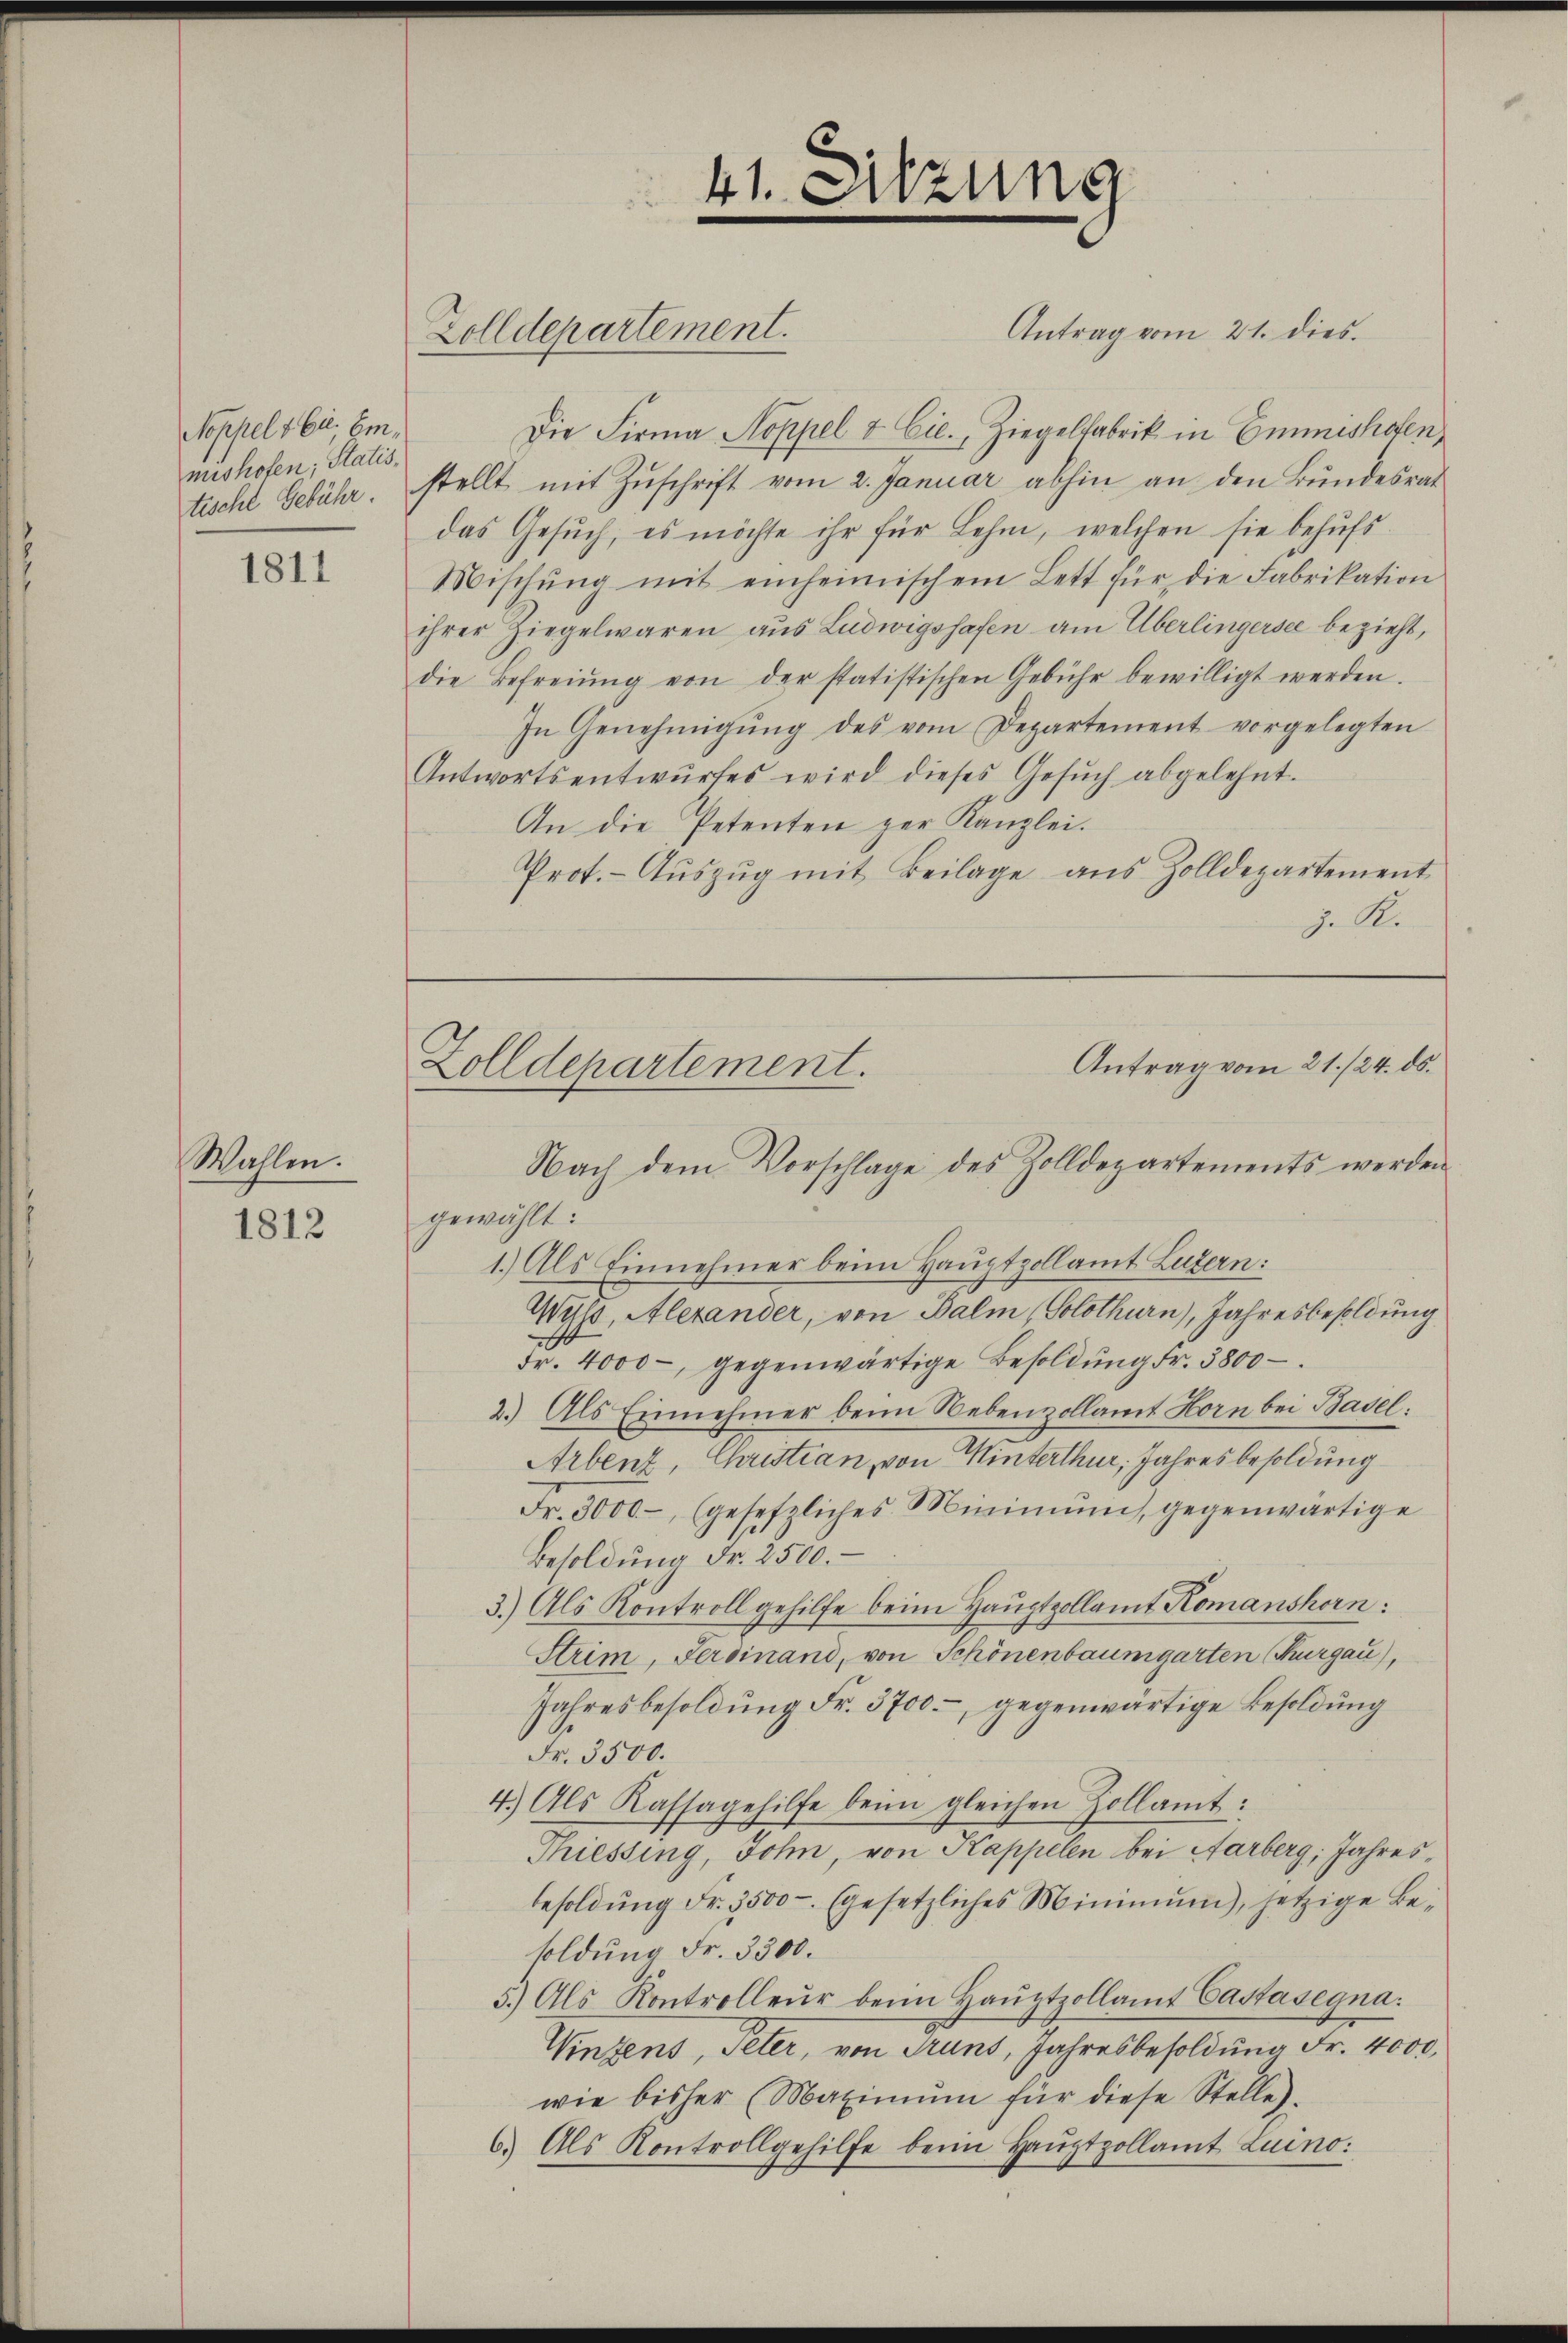
Noppel v. u. Emmishofen, Statis
tische Gebühr.

1811

Wahlen.

1812

Zolldepartement.

41. Sitzung

Antrag vom 21. dies
Die Firma Hoppel & Cie., Ziegelfabrik in Emmishofen,
stellt mit Zŭschrift vom 2. Januar abhin an den Bundesrat
das Gesuch, es möchte ihr für Lehm, welchen sie behufs
Mischŭng mit einheimischem Lett für die Fabrikation
ihrer Ziegelwaren aus Ludwigshafen am Überlingersee bezieht,
die Befreiung von der statistischen Gebühr bewilligt werden.
In Genehmigŭng des vom Departement vorgelegten
Antwortsentwŭrfes wird dieses Gesŭch abgelehnt.
An die Petenten zur Kanzlei.
Prot.- Aŭszŭg mit Beilage aus Zolldepartement
z. S.

gewählt:
1.) Als Einnehmer beim Hauptzollamt Luzern:
Wald, Alexander, von Balm (Solothurn), Jahresbesoldung
d
Fr. 4000 gegenwärtige Besoldŭng Fr. 3800
2.) Als Einnehmer beim Nebenzollamt Horn bei Basel:
Arbent, Christian von Winterthur, Jahresbesoldung
Fr. 3000.- (gesetzliches Minimum, gegenwärtige
Besoldung Fr. 2500.
3.) Als Kontroll gehilfe beim Hauptzollamt Komanshorn:
Strim, Ferdinand, von Schönenbaumgarten (Thurgau),
Jahresbesoldung Fr. 3700, gegenwärtige Besoldung
Fr. 3500.
4.) Als Kassagehilfe beim gleichen Zollamt:
Thiessing, John, von Kappelen bei Aarberg, Jahresbesoldŭng Fr. 3500 - (gesetzliches Minimŭm), jetzige Be-
soldung Fr. 3300.
5.) Als Kontrolleur beim Haŭptzollamt Castasegna
Wintens, Peter, von Truns, Jahresbesoldung Fr. 4000.
wie bisher (Maximŭm für diese Stelle.
6.) Als Kontrollgehilfe beim Haŭptzollamt Luino.

Antrag vom 21./24. ds.
Zolldepartement.
Nach dem Vorschlage des Zolldepartements werden